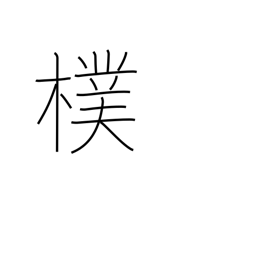
Meaning: bark of a tree